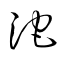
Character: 沱